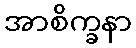
အာစိက္ခနာ